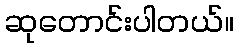
ဆုတောင်းပါတယ်။